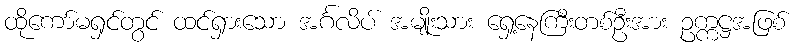
ထိုကော်မရှင်တွင် ထင်ရှားသော အင်္ဂလိပ် အမျိုးသား ရှေ့နေကြီးတစ်ဦးအား ဥက္ကဋ္ဌအဖြစ်